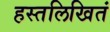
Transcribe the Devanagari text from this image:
हस्तलिखितं